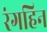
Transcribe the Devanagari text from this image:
रंगहिन